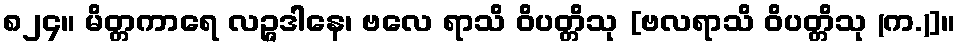
၈၂၄။ မိတ္တကာရေ လဉ္ဇဒါနေ၊ ဗလေ ရာသိ ဝိပတ္တိသု [ဗလရာသိ ဝိပတ္တိသု (က.)]။